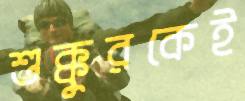
শুক্কুরকেই